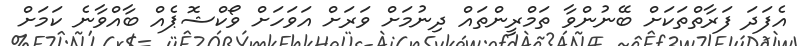
އެފަދަ ފަރާތްތަކަށް ބޭނުންވާ ތަމްރީންތައް ދިނުމަށް ވަރަށް އަވަހަށް ވޯކްޝޮޕެއް ބާއްވާނެ ކަމަށް